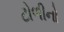
ટોળીનો